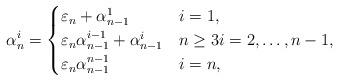
LaTeX: \begin{align*}\alpha_n^i=\begin{cases}\varepsilon_n+\alpha_{n-1}^1 &i=1,\\\varepsilon_n\alpha_{n-1}^{i-1}+\alpha_{n-1}^i &n\geq 3 i=2,\ldots,n-1,\\\varepsilon_n\alpha_{n-1}^{n-1} &i=n,\end{cases}\end{align*}